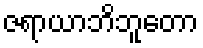
ဇရာယာဘိဘူတော